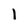
Character: 1